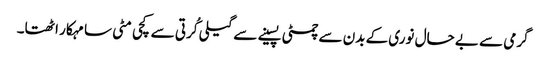
گرمی سے بے حال نوری کے بدن سے چمٹی پسینے سے گیلی کُرتی سے کچی مٹی سا مہکار اٹھتا۔